Vaccination North-Western Provinces and Oudh 1896-1901 - 1896-1901
Year: 1896
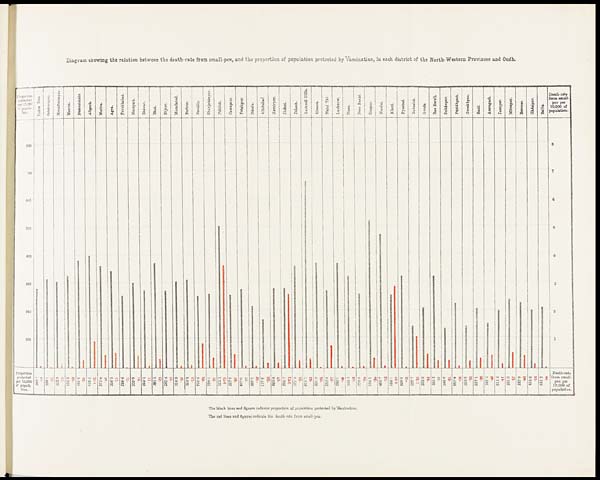
Diagram showing the relation between the death-rate from small-pox, and the proportion of population protected by Vaccination, in each district of the North-Western Provinces and Oudh.
The black lines and figures indicate proportion of population protected by Vaccination.
The red lines and figures indicate the death-rate from small-pox.